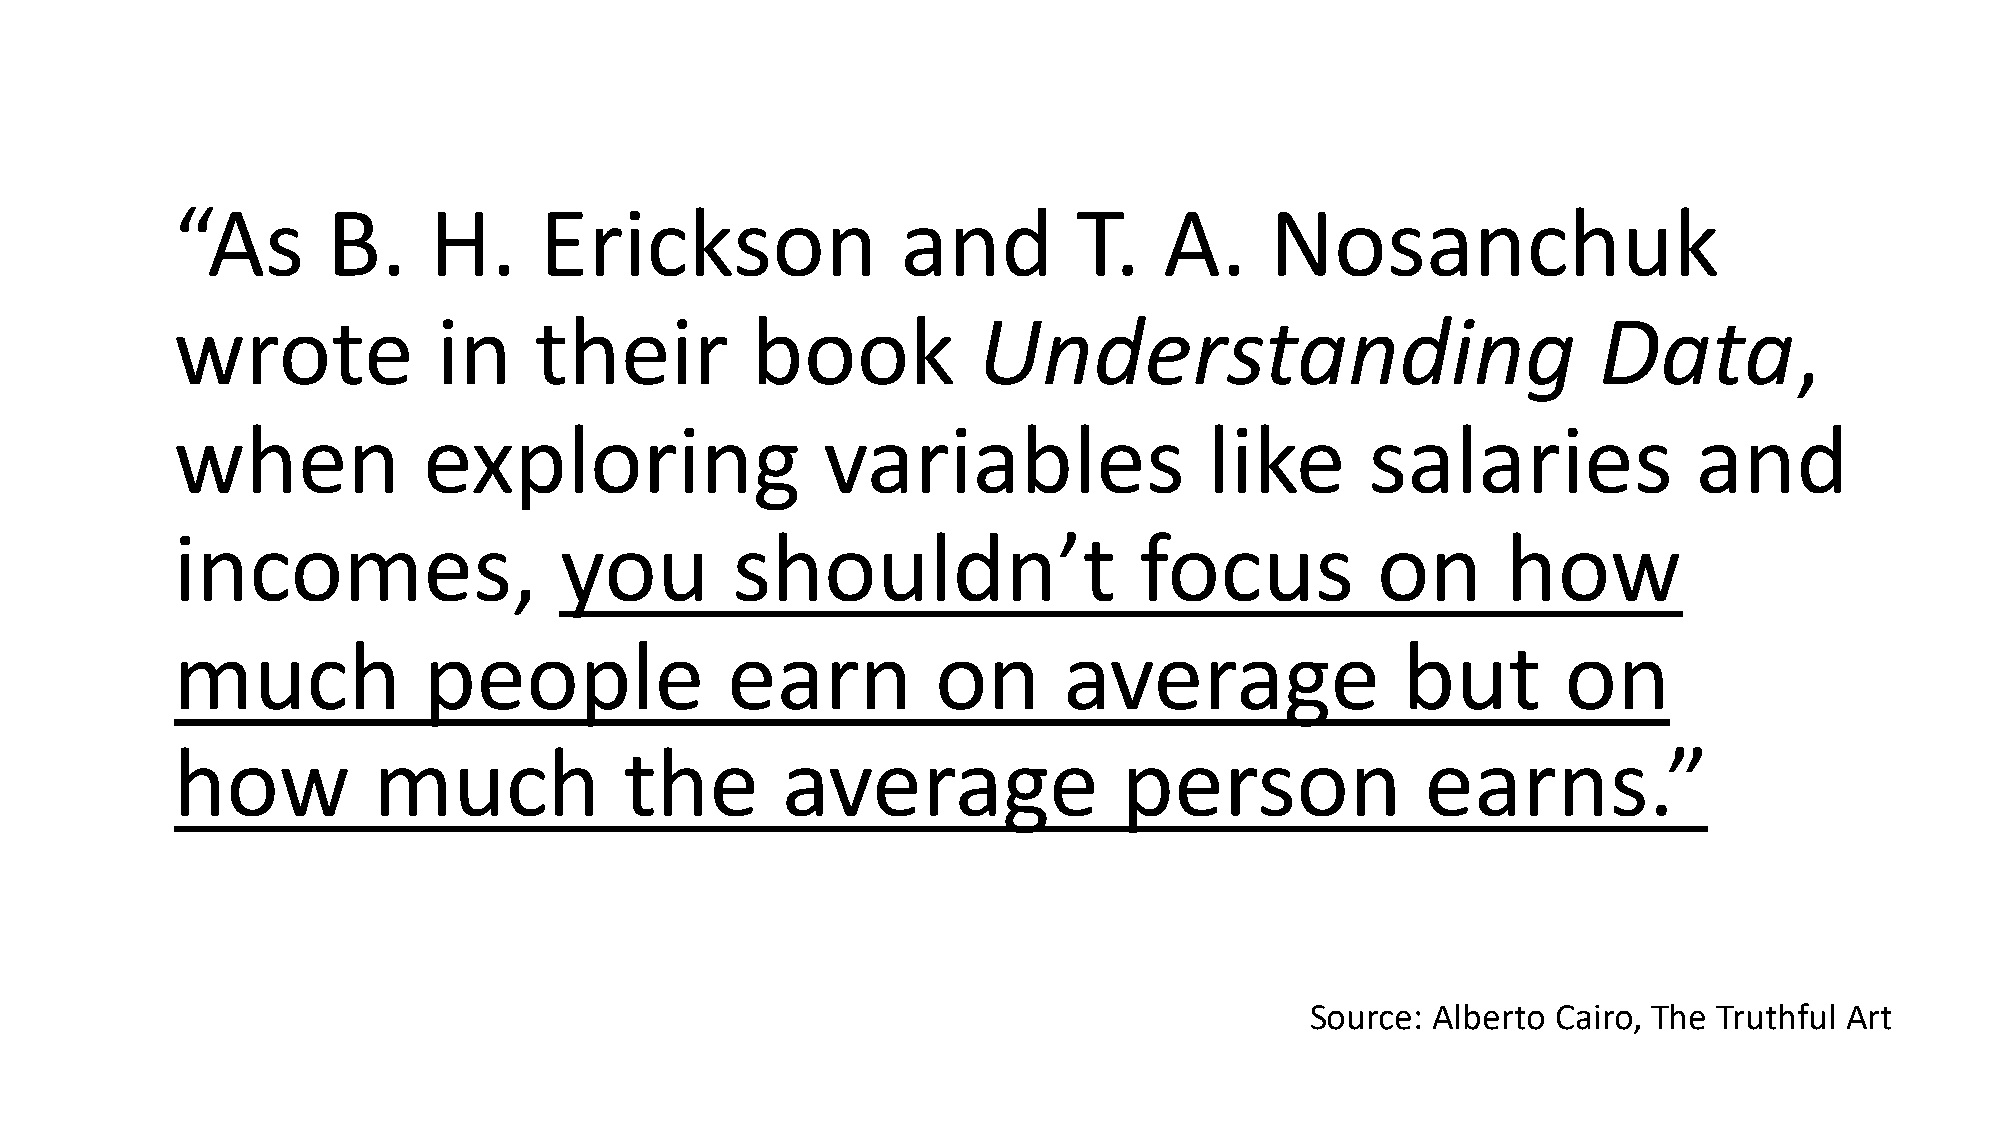
“As        B.    H.      Erickson                and        T.    A.     Nosanchuk
 wrote             in    their          book           Understanding                            Data,
 when             exploring                 variables                 like       salaries             and
 incomes,                  you        shouldn’t                  focus           on       how
 much             people              earn          on      average                but        on
 how           much            the        average               person              earns.”
 Source: Alberto Cairo, The Truthful Art